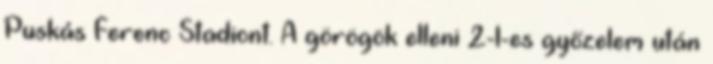
Puskás Ferenc Stadiont. A görögök elleni 2-1-es győzelem után